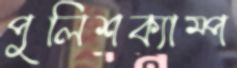
পুলিশক্যাম্প